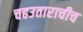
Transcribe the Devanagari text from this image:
चढउताराचीच